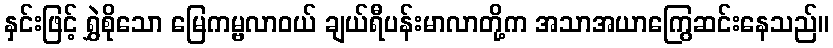
နှင်းဖြင့် ရွှဲစိုသော မြေကမ္ဗလာဝယ် ချယ်ရီပန်းမာလာတို့က အသာအယာကြွေဆင်းနေသည်။